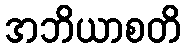
အဘိယာစတိ